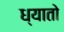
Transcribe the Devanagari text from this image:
ध्यातो